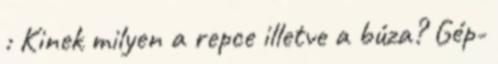
: Kinek milyen a repce illetve a búza? Gép-